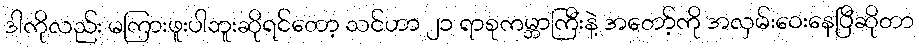
ဒါကိုလည်း မကြားဖူးပါဘူးဆိုရင်တော့ သင်ဟာ ၂၁ ရာစုကမ္ဘာကြီးနဲ့ အတော့်ကို အလှမ်းဝေးနေပြီဆိုတာ